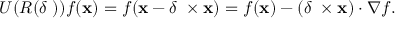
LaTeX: U ( R ( \delta \mathbf { \theta } ) ) f ( \mathbf { x } ) = f ( \mathbf { x } - \delta \mathbf { \theta } \times \mathbf { x } ) = f ( \mathbf { x } ) - ( \delta \mathbf { \theta } \times \mathbf { x } ) \cdot \nabla f .